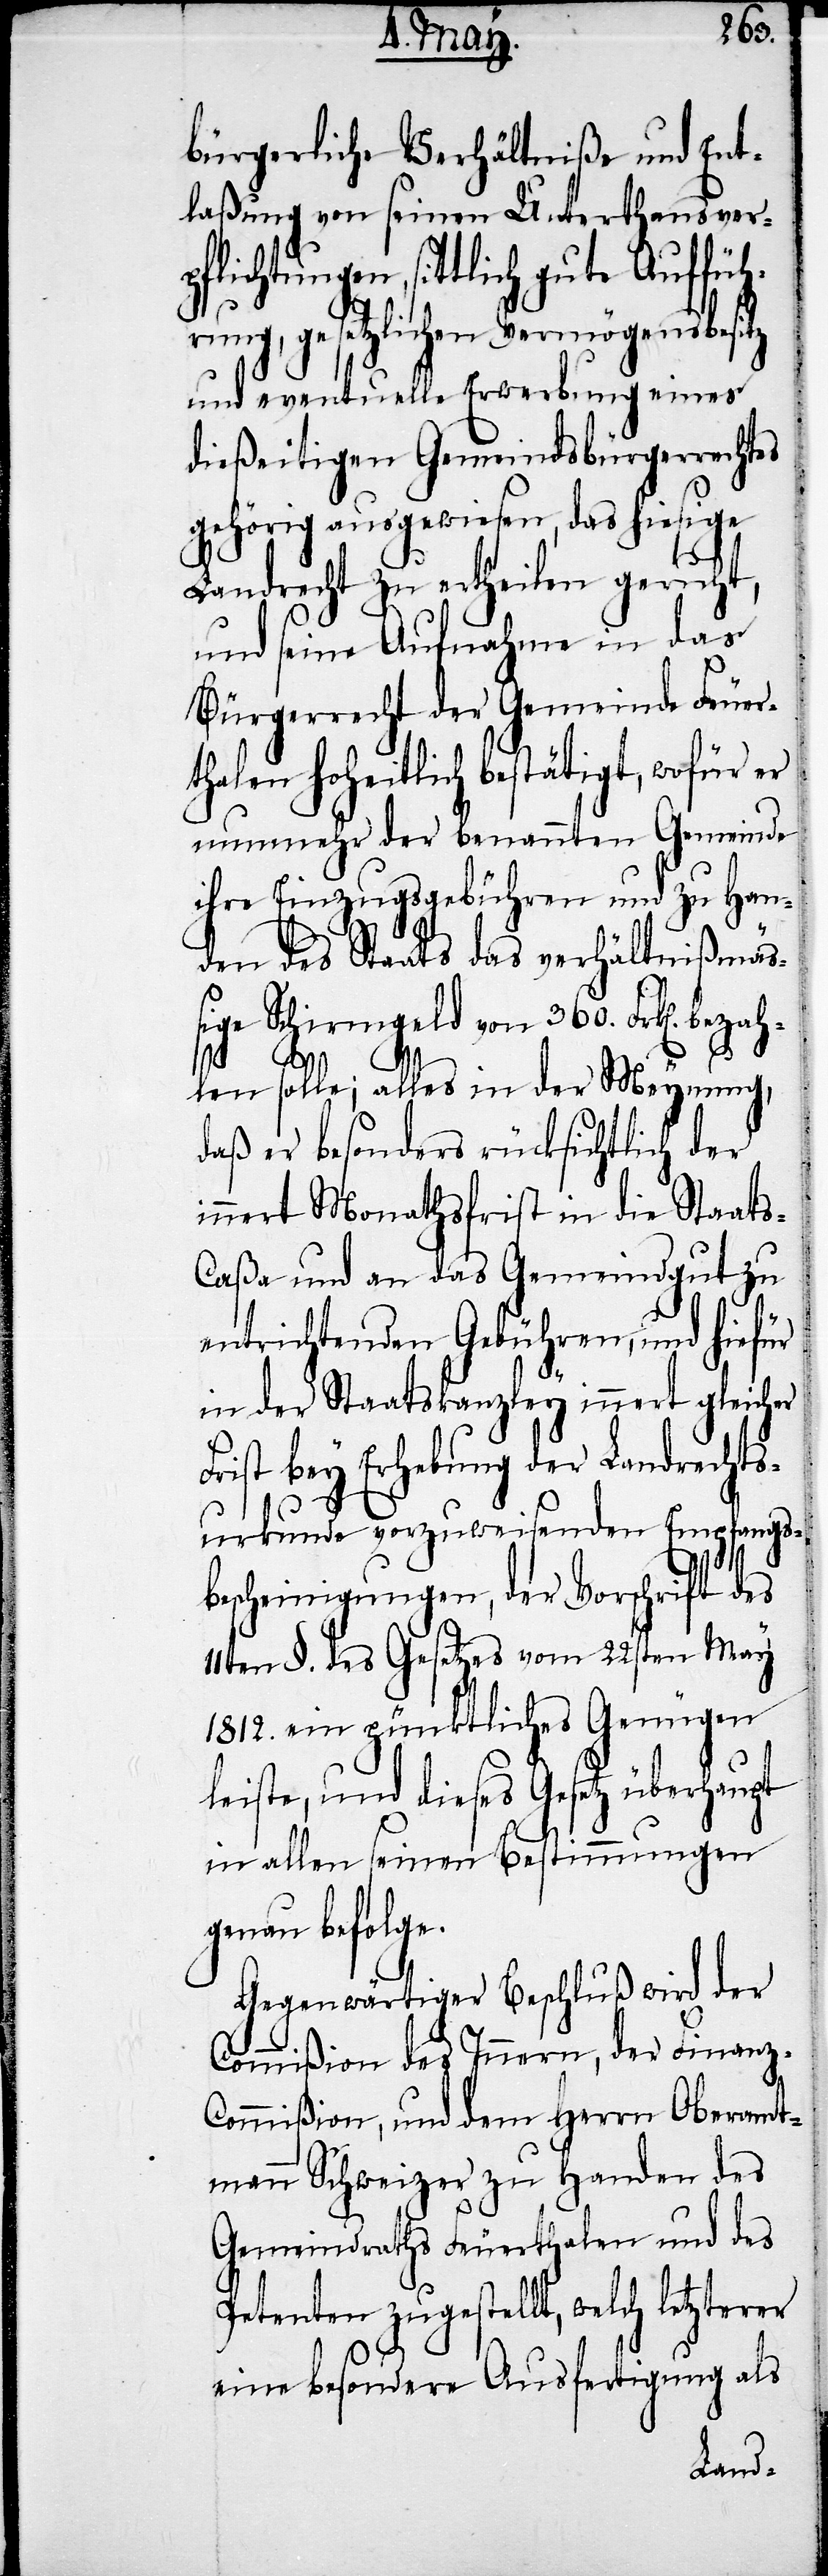
bürgerliche Verhältniße und Ent¬
laßung von seinen Unterthansver¬
htungen, sittlich gute Auffüh¬
rung, gesetzlichen Vermögensbesitz
und eventuelle Erwerbung eines
dießeitigen Gemeindsbürgerrechtes
gehörig ausgewiesen, das hiesige
Landrecht zu ertheilen geruht,
und seine Aufnahme in das
Bürgerrecht der Gemeinde Feuer¬
thalen hoheitlich bestätigt, wofür er
nunmehr der benannten Gemeinde
ihre Einzugsgebühren und zu Han¬
den des Staats das verhältnißmäs¬
sige Schirmgeld von 360. Frk[en]. bez¬
ahlen solle; alles in der Meynung,
daß er besonders rücksichtlich der
innert Monathsfrist in die Staat¬
s-Caßa und an das Gemeindgut zu
entrichtenden Gebühren, und hiefür
in der Staatskanzley innert gleicher
Frist bey Erhebung der Landrechts¬
urkunde vorzuweisenden Empfangs¬
pflic¬
bescheinigungen, der Vorschrift des
11ten §. des Gesetzes vom 22sten May
1812. ein pünktliches Genügen
leiste, und dieses Gesetz überhaupt
in allen seinen Bestimmungen
genau befolge.
Gegenwärtiger Beschluß wird der
Commißion des Innern, der Finanz-C¬
ommißion, und dem Herrn Oberamt¬
mann Schweizer zu Handen des
Gemeindraths Feuerthalen und des
Petenten zugestellt, welch letzterer
eine besondere Ausfertigung als